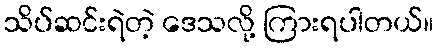
သိပ်ဆင်းရဲတဲ့ ဒေသလို့ ကြားရပါတယ်။